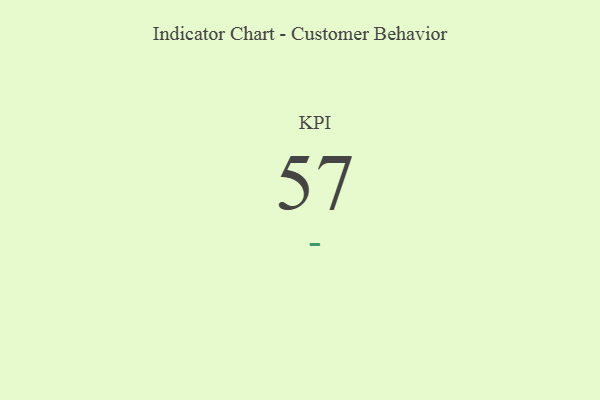
{"axis": {"x": "KPI", "y": "Value"}, "legend": [""], "data": [{"x": "KPI", "y": 57, "type": ""}]}